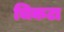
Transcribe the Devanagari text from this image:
चिकटा